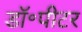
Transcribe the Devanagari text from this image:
डॉ॰पीटर